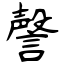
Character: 謦